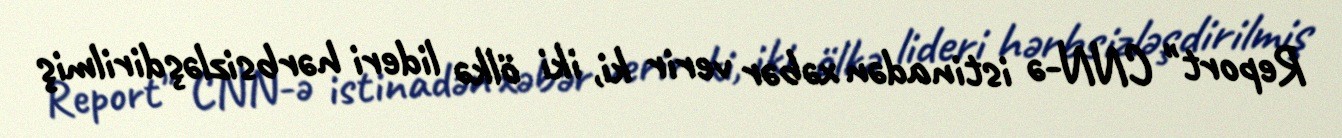
Report" CNN-ə istinadən xəbər verir ki, iki ölkə lideri hərbsizləşdirilmiş